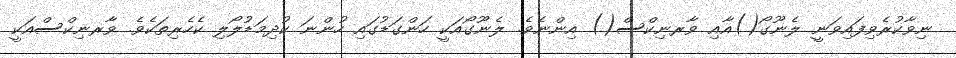
ނިވާކުރެވިފައިވަނީ ލެނޫގޯ()އާއި ވާރނިކްސް() އިންނެވެ. ލެނޫގޯއަކީ ހަންގަޑުގައި ހުންނަ ކުދިމަޑުލޯލި ކެހެރިތަކެވެ. ވާރނިކްސްއަކީ